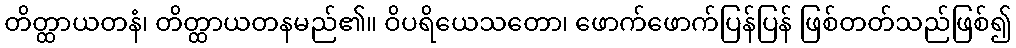
တိတ္ထာယတနံ၊ တိတ္ထာယတနမည်၏။ ဝိပရိယေသတော၊ ဖောက်ဖောက်ပြန်ပြန် ဖြစ်တတ်သည်ဖြစ်၍